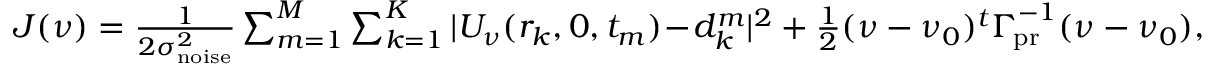
\begin{array} { r } { J ( \ensuremath { \boldsymbol \nu } ) = { \frac { 1 } { 2 \sigma _ { \mathrm { n o i s e } } ^ { 2 } } } \sum _ { m = 1 } ^ { M } \sum _ { k = 1 } ^ { K } | U _ { \boldsymbol \nu } ( r _ { k } , 0 , t _ { m } ) \! - \! d _ { k } ^ { m } | ^ { 2 } + { \frac { 1 } { 2 } } ( \boldsymbol \nu - \ensuremath { \boldsymbol \nu } _ { 0 } ) ^ { t } \ensuremath { \boldsymbol \Gamma _ { \! \mathrm { p r } } } ^ { - 1 } ( \boldsymbol \nu - \ensuremath { \boldsymbol \nu } _ { 0 } ) , } \end{array}